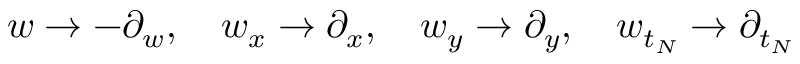
w \to - \partial _ { w } , \quad w _ { x } \to \partial _ { x } , \quad w _ { y } \to \partial _ { y } , \quad w _ { t _ { N } } \to \partial _ { t _ { N } }